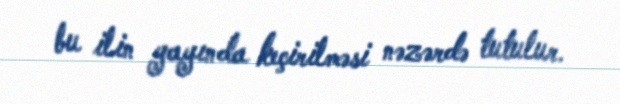
bu ilin yayında keçirilməsi nəzərdə tutulur.